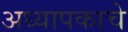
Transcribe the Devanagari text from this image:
अध्यापकाचे